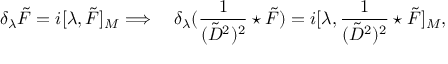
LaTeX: \delta _ { \lambda } \tilde { F } = i [ \lambda , \tilde { F } ] _ { M } \Longrightarrow \quad \delta _ { \lambda } ( \frac 1 { ( \tilde { D } ^ { 2 } ) ^ { 2 } } \star \tilde { F } ) = i [ \lambda , \frac 1 { ( \tilde { D } ^ { 2 } ) ^ { 2 } } \star \tilde { F } ] _ { M } ,